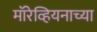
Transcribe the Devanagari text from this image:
मॉरेव्हियनाच्या